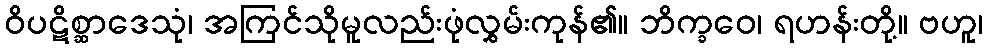
ဝိပဋိစ္ဆာဒေသုံ၊ အကြင်သိုမူလည်းဖုံလွှမ်းကုန်၏။ ဘိက္ခဝေ၊ ရဟန်းတို့။ ဗဟူ၊